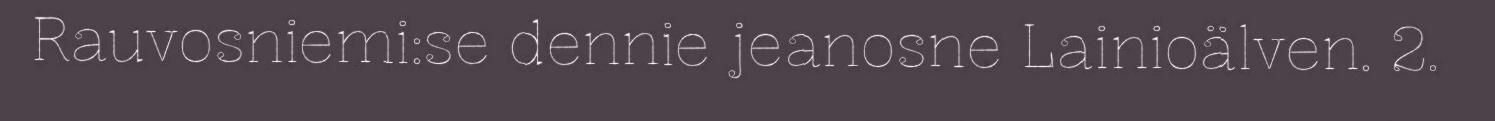
Rauvosniemi:se dennie jeanosne Lainioälven. 2.